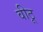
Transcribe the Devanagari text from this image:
वीठू